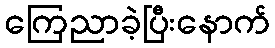
ကြေညာခဲ့ပြီးနောက်